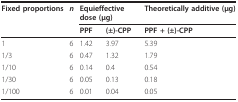
<table><thead><tr><td><b>Fixed proportions</b></td><td><b><i>n</i></b></td><td colspan="2"><b>Equieffective dose (μg)</b></td><td><b>Theoretically additive (μg)</b></td></tr><tr><td></td><td></td><td><b>PPF</b></td><td><b>(±)-CPP</b></td><td><b>PPF + (±)-CPP</b></td></tr></thead><tbody><tr><td>1</td><td>6</td><td>1.42</td><td>3.97</td><td>5.39</td></tr><tr><td>1/3</td><td>6</td><td>0.47</td><td>1.32</td><td>1.79</td></tr><tr><td>1/10</td><td>6</td><td>0.14</td><td>0.4</td><td>0.54</td></tr><tr><td>1/30</td><td>6</td><td>0.05</td><td>0.13</td><td>0.18</td></tr><tr><td>1/100</td><td>6</td><td>0.01</td><td>0.04</td><td>0.05</td></tr></tbody></table>